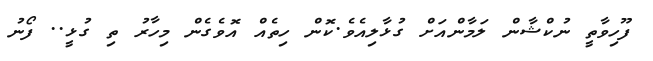
ފޫހިވާތީ ނުކްޝާން ލަމާންއަށް ގުޅާލިއެވެ.ކޮން ހިތެއް އޮވެގެން މިހާރު ތި ގުޅީ.. ފޯނު